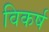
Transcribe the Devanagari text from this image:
विकर्ष